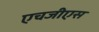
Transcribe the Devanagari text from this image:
एचजीएस